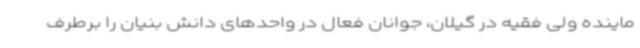
ماینده ولی فقیه در گیلان، جوانان فعال در واحدهای دانش بنیان را برطرف